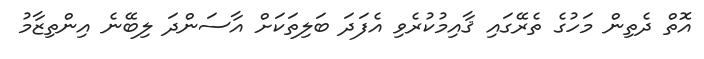
އޮތް ދެތިން މަހުގެ ތެރޭގައި ޤާއިމުކުރެވި އެފަދަ ބަލިތަކަށް އާސަންދަ ލިބޭނެ އިންތިޒާމު